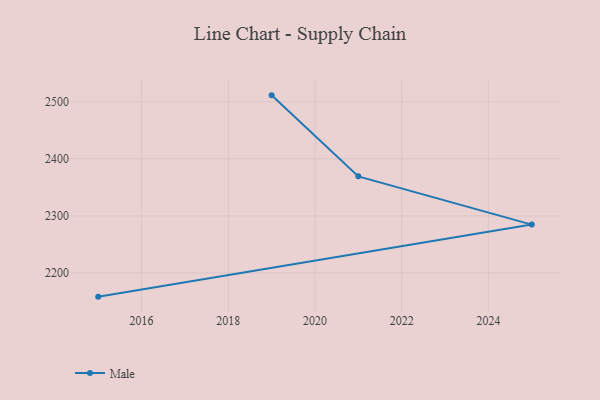
{"axis": {"x": "Year", "y": "Active Users"}, "legend": ["Male"], "data": [{"x": "2015", "y": 2158.4, "type": "Male"}, {"x": "2025", "y": 2284.7, "type": "Male"}, {"x": "2021", "y": 2369.2, "type": "Male"}, {"x": "2019", "y": 2511.2, "type": "Male"}]}